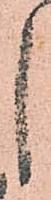
し